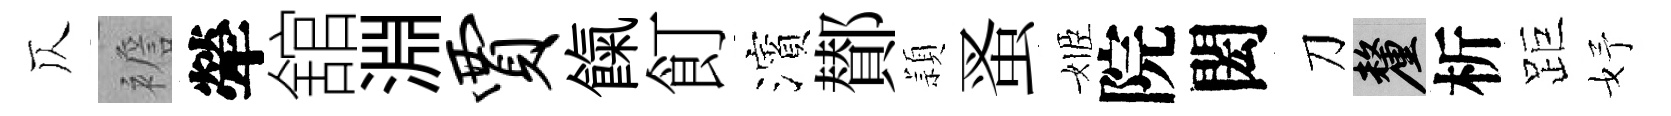
仄襜犖舘淵贾餼飣濱鄼頴蚤姬院閎刀厘析距妤